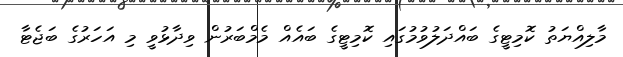
މާލިއްޔަތު ކޮމިޓީގެ ބައްދަލުވުމުގައި ކޮމިޓީގެ ބައެއް މެމްބަރުން ވިދާޅުވީ މި އަހަރުގެ ބަޖެޓާ